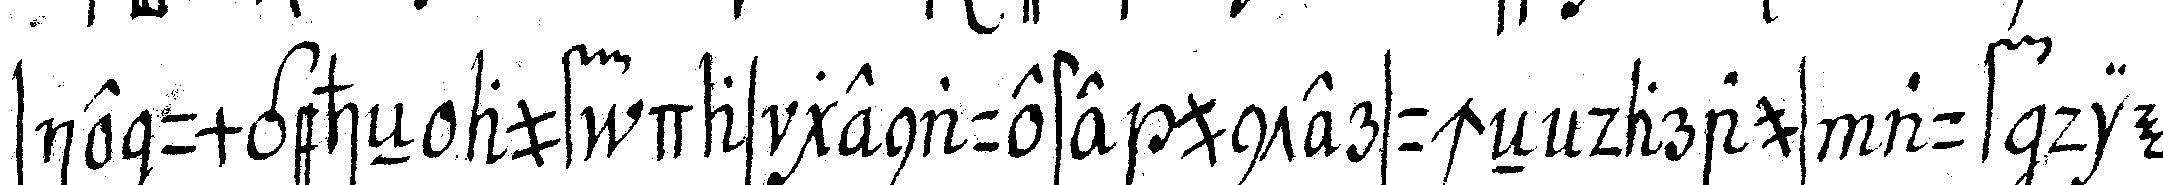
sie umgeheN auf das genaueste untersucheN daraus auf die